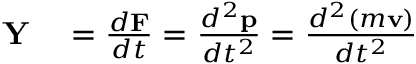
\begin{array} { r l } { \mathbf { Y } } & { { } = { \frac { d \mathbf { F } } { d t } } = { \frac { d ^ { 2 } \mathbf { p } } { d t ^ { 2 } } } = { \frac { d ^ { 2 } ( m \mathbf { v } ) } { d t ^ { 2 } } } } \end{array}